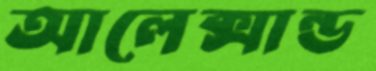
আলেক্সান্ড